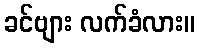
ခင်ဗျား လက်ခံလား။